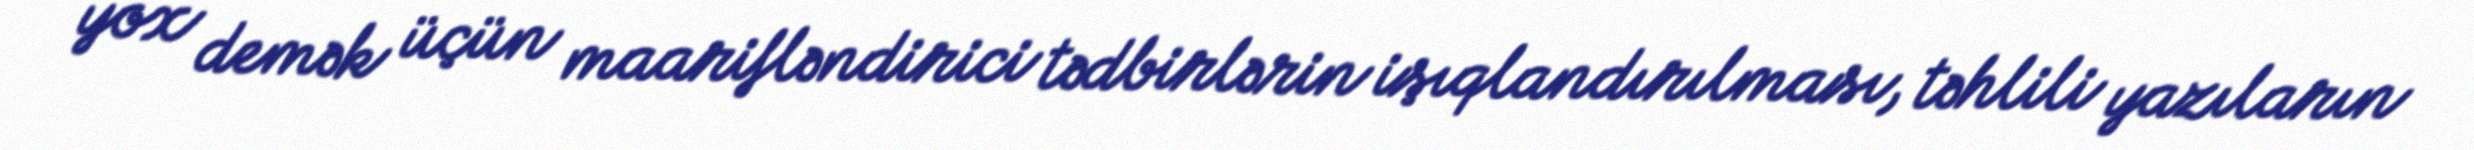
yox demək üçün maarifləndirici tədbirlərin işıqlandırılması, təhlili yazıların